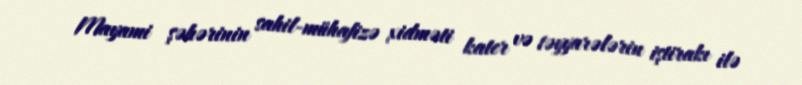
Mayami şəhərinin sahil-mühafizə xidməti kater və təyyarələrin iştirakı ilə